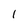
Character: 1